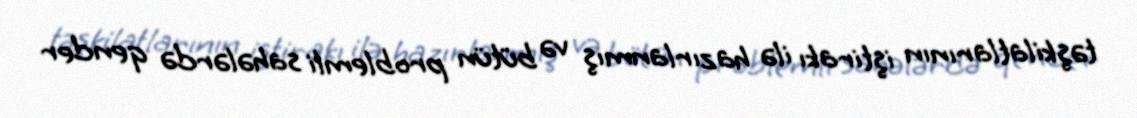
təşkilatlarının iştirakı ilə hazırlanmış və bütün problemli sahələrdə qender